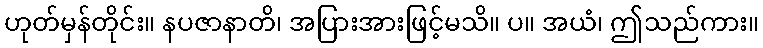
ဟုတ်မှန်တိုင်း။ နပဇာနာတိ၊ အပြားအားဖြင့်မသိ။ ပ။ အယံ၊ ဤသည်ကား။